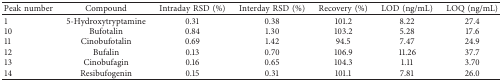
<table><thead><tr><td><b>Peak number</b></td><td><b>Compound</b></td><td><b>Intraday RSD (%)</b></td><td><b>Interday RSD (%)</b></td><td><b>Recovery (%)</b></td><td><b>LOD (ng/mL)</b></td><td><b>LOQ (ng/mL)</b></td></tr></thead><tbody><tr><td>1</td><td>5-Hydroxytryptamine</td><td>0.31</td><td>0.38</td><td>101.2</td><td>8.22</td><td>27.4</td></tr><tr><td>10</td><td>Bufotalin</td><td>0.84</td><td>1.30</td><td>103.2</td><td>5.28</td><td>17.6</td></tr><tr><td>11</td><td>Cinobufotalin</td><td>0.69</td><td>1.42</td><td>94.5</td><td>7.47</td><td>24.9</td></tr><tr><td>12</td><td>Bufalin</td><td>0.13</td><td>0.70</td><td>106.9</td><td>11.26</td><td>37.7</td></tr><tr><td>13</td><td>Cinobufagin</td><td>0.16</td><td>0.65</td><td>104.3</td><td>1.11</td><td>3.70</td></tr><tr><td>14</td><td>Resibufogenin</td><td>0.15</td><td>0.31</td><td>101.1</td><td>7.81</td><td>26.0</td></tr></tbody></table>